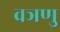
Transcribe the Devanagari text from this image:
वञणु